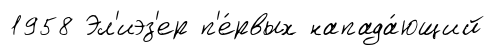
1958 Эл'иэз'ер п'е́рвых напада́ющий